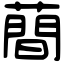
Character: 蕳